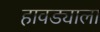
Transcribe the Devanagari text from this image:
हावड्याला